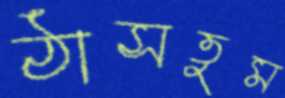
ঠাসতুম